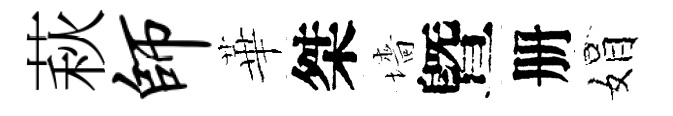
萩师華桀墻曁册娟